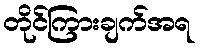
တိုင်ကြားချက်အရ